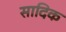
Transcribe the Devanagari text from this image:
सादिक